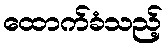
ထောက်ခံသည့်